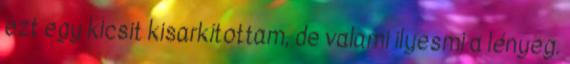
ezt egy kicsit kisarkítottam, de valami ilyesmi a lényeg.